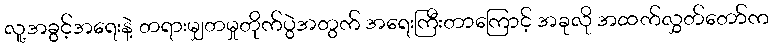
လူ့အခွင့်အရေးနဲ့ တရားမျှတမှုတိုက်ပွဲအတွက် အရေးကြီးတာကြောင့် အခုလို အထက်လွှတ်တော်က